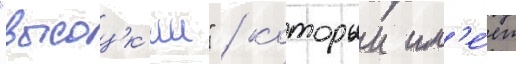
"высоцк'ии" / которыи им'е́ет